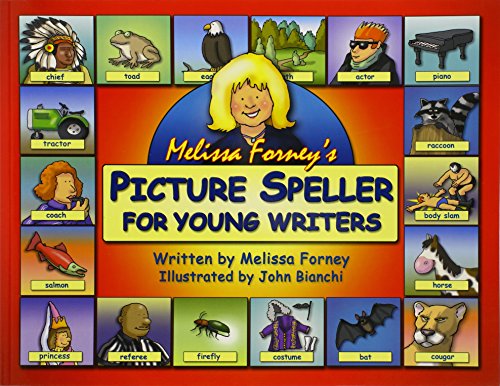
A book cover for Melissa Forney's Picture Speller for Young Writers; Melissa Forney; Reference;